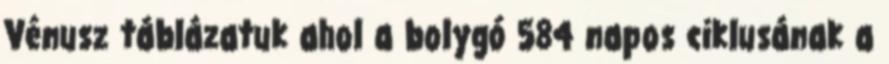
Vénusz táblázatuk ahol a bolygó 584 napos ciklusának a